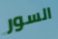
السور